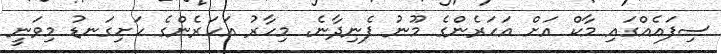
ސިފައެއްގައި މާކް އަށް އަހަރެންގެ މޫނު ފެނިދާނެ. މިހާރު އަހަރެންގެ ހަށިގަނޑު މިވަނީ